Epidemic dropsy in Calcutta - Number 49
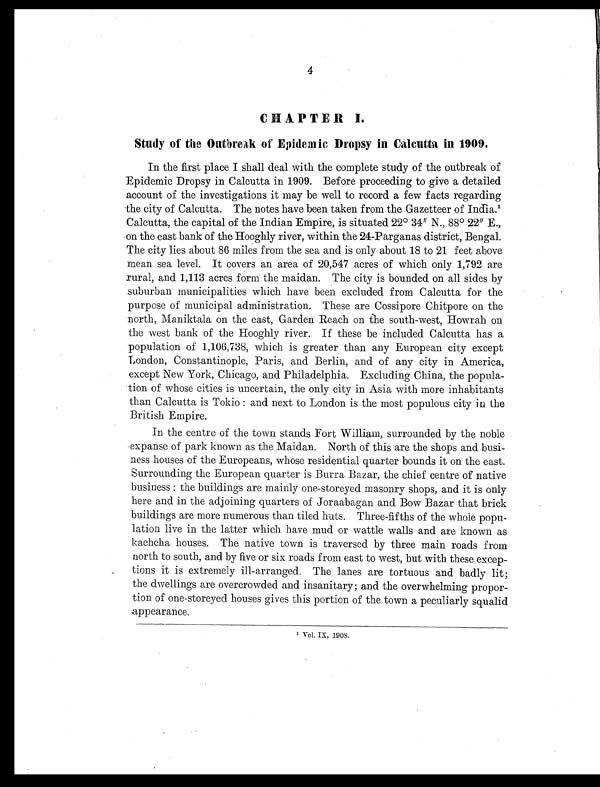
4
CHAPTER I.
Study of the Outbreak of Epidemic Dropsy in Calcutta in 1909.
In the first place I shall deal with the complete study of the outbreak of
Epidemic Dropsy in Calcutta in 1909. Before proceeding to give a detailed
account of the investigations it may be well to record a few facts regarding
the city of Calcutta. The notes have been taken from the Gazetteer of India. 1
Calcutta, the capital of the Indian Empire, is situated 22° 34" N., 88° 22" E.,
on the east bank of the Hooghly river, within the 24-Parganas district, Bengal.
The city lies about 86 miles from the sea and is only about 18 to 21 feet above
mean sea level. It covers an area of 20,547 acres of which only 1,792 are
rural, and 1,113 acres form the maidan. The city is bounded on all sides by
suburban municipalities which have been excluded from Calcutta for the
purpose of municipal administration. These are Cossipore Chitpore on the
north, Maniktala on the east, Garden Reach on the south-west, Howrah on
the west bank of the Hooghly river. If these be included Calcutta has a
population of 1,106,738, which is greater than any European city except
London, Constantinople, Paris, and Berlin, and of any city in America,
except New York, Chicago, and Philadelphia. Excluding China, the popula-
tion of whose cities is uncertain, the only city in Asia with more inhabitants
than Calcutta is Tokio : and next to London is the most populous city in the
British Empire.
In the centre of the town stands Fort William, surrounded by the noble
expanse of park known as the Maidan. North of this are the shops and busi-
ness houses of the Europeans, whose residential quarter bounds it on the east.
Surrounding the European quarter is Burra Bazar, the chief centre of native
business : the buildings are mainly one-storeyed masonry shops, and it is only
here and in the adjoining quarters of Joraabagan and Bow Bazar that brick
buildings are more numerous than tiled huts. Three-fifths of the whole popu-
lation live in the latter which have mud or wattle walls and are known as
k a c h c h a , h o u s e s . T h e n a t i v e t o w n i s t r a v e r s e d b y t h r e e m a i n r o a d s f r o m
north to south, and by five or six roads from east to west, but with these excep-
tions it is extremely ill-arranged. The lanes are tortuous and badly lit;
the dwellings are overcrowded and insanitary; and the overwhelming propor-
tion of one-storeyed houses gives this portion of the town a peculiarly squalid
appearance.